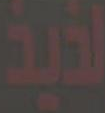
لذيذ